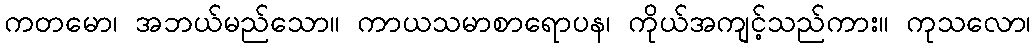
ကတမော၊ အဘယ်မည်သော။ ကာယသမာစာရောပန၊ ကိုယ်အကျင့်သည်ကား။ ကုသလော၊